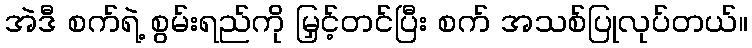
အဲဒီ စက်ရဲ့ စွမ်းရည်ကို မြှင့်တင်ပြီး စက် အသစ်ပြုလုပ်တယ်။